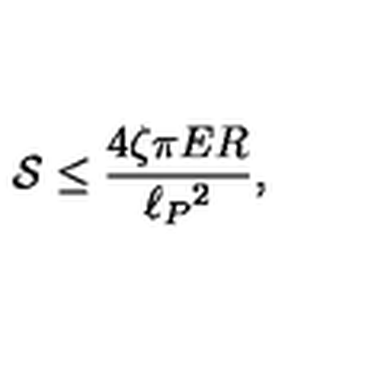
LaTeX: { \cal S } \leq { \frac { 4 \zeta \pi E R } { \ell _ { P } { } ^ { 2 } } } ,